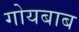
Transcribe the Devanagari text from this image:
गोयबाब